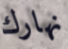
نهارك